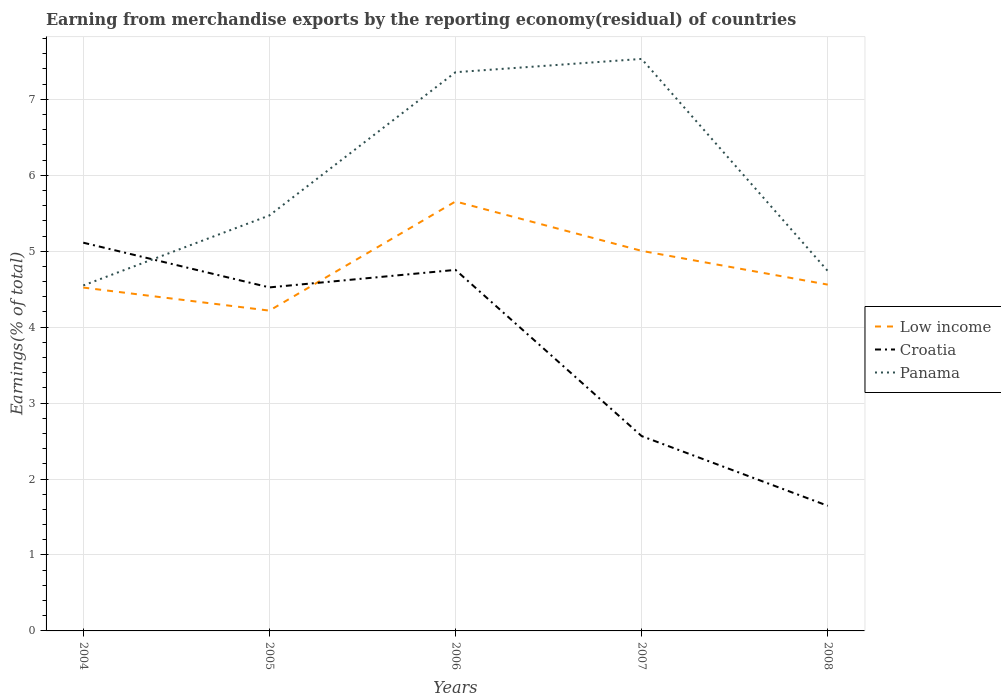
| Years | Low income | Croatia | Panama |
 | --- | --- | --- | --- |
 | 2004 | 4.52 | 5.11 | 4.55 |
 | 2005 | 4.22 | 4.52 | 5.47 |
 | 2006 | 5.66 | 4.75 | 7.36 |
 | 2007 | 5 | 2.57 | 7.53 |
 | 2008 | 4.56 | 1.65 | 4.74 |